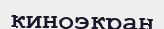
киноэкран